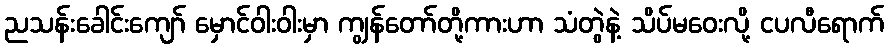
ညသန်းခေါင်းကျော် မှောင်ဝါးဝါးမှာ ကျွန်တော်တို့ကားဟာ သံတွဲနဲ့ သိပ်မဝေးလို့ ငပလီရောက်